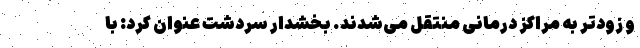
و زودتر به مراکز درمانی منتقل می‌شدند. بخشدار سردشت عنوان کرد: با